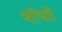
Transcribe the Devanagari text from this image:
योपो